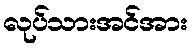
လုပ်သားအင်အား